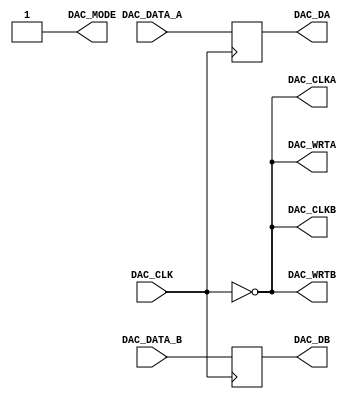
// CODE TO INTERFACE WITH THE DSP BOARD
module DAC(
		DAC_CLK,		//Internal DAC clock
		
		DAC_CLKA,		//Output to GPIO
		DAC_CLKB,		//Output to GPIO

		DAC_DA,			//Output to GPIO
		DAC_WRTA,		//Output to GPIO
		
		DAC_DB,			//Output to GPIO				
		DAC_WRTB,		//Output to GPIO
		
		DAC_MODE,		//Output to GPIO
				
		DAC_DATA_A,		//Internal ADC data
		DAC_DATA_B);	//Internal ADC data
				

//////////////////////// ADC Physical Pins ////////////////////
output reg	[13:0] DAC_DA;	//Output to GPIO
output DAC_WRTA;			//Output to GPIO
output DAC_CLKA;			//Output to GPIO
				
output reg	[13:0] DAC_DB;	//Output to GPIO
output DAC_WRTB;			//Output to GPIO
output DAC_CLKB;			//Output to GPIO
		
output DAC_MODE;			//Output to GPIO

////////////////////////  ADC Internal Port //////////////////
input 	DAC_CLK;
input  [13:0] DAC_DATA_A;
input  [13:0] DAC_DATA_B;

assign DAC_MODE = 1;
assign DAC_WRTA = ~DAC_CLK;
assign DAC_CLKA = ~DAC_CLK;
assign DAC_WRTB = ~DAC_CLK;
assign DAC_CLKB = ~DAC_CLK;

always @( posedge DAC_CLK )
	begin
		DAC_DA <= DAC_DATA_A;
		DAC_DB <= DAC_DATA_B;
	end

endmodule